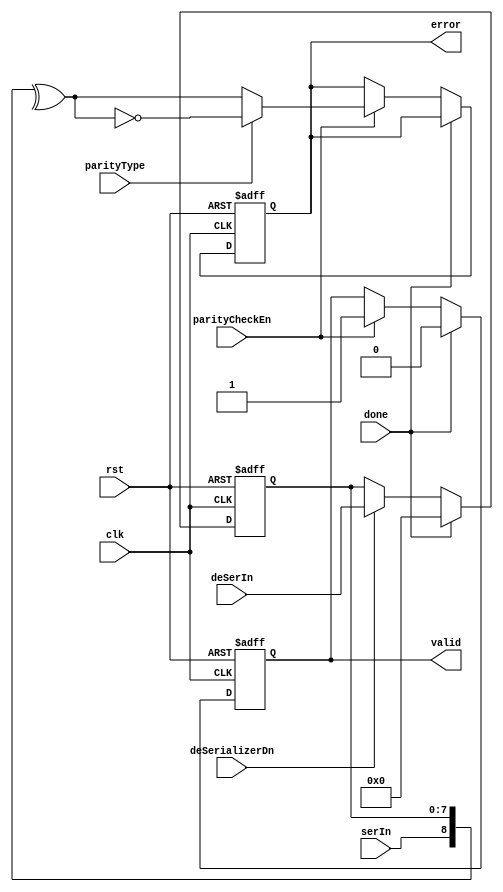
module ParityCheck#(parameter DATAWIDTH=8)
    (input wire                 clk,
     input wire                 rst,
     input wire                 done,
     input wire                 deSerializerDn,
     input wire                 parityType,
     input wire                 parityCheckEn,
     input wire                 serIn,
     input wire [DATAWIDTH-1:0] deSerIn,
     output reg                 error,
     output reg                 valid
    );

    reg [DATAWIDTH-1:0]memory;
    reg parityBit;
    reg errorComp;
    reg b;

    always @(posedge clk or negedge rst) begin
    if(!rst)
    begin
        memory<=0;    
        //parityBit<=0;  //why parity bit is register?? 
        error<=0;    
        valid<=0;     
    end
    else
    begin
        if(done)
        begin
          valid<=1'b0;
          //parityBit<=0;
        end
        else if(parityCheckEn)
        begin
          //parityBit<=serIn;
          valid<=1'b1;
          error<=errorComp;
        end
        if(done)
          memory<=0;
        else if(deSerializerDn)
          memory<=deSerIn;
        //error<=errorComp; why error is always updated
    end
    end
    always @(*) begin
      parityBit =serIn;
        b = ^({parityBit,memory});
        if(parityType)
        errorComp=~b;
        else
        errorComp=b;
    end
    
    endmodule